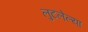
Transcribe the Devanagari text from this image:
लुटलेल्या